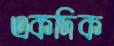
একদিক